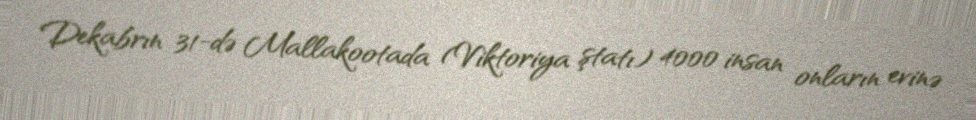
Dekabrın 31-də Mallakootada (Viktoriya ştatı) 4000 insan onların evinə